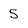
Character: 5